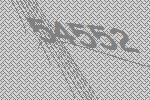
54552